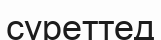
суреттед